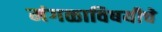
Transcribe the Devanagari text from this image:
मंगळाविषयीचे